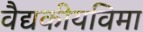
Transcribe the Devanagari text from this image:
वैद्यकीयविमा